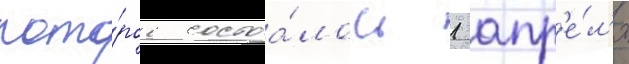
кото́рое состоа́лось 1 апр'е́л'я